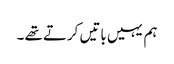
ہم یہیں باتیں کرتے تھے ۔